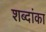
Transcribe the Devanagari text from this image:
शब्दांका